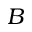
B